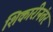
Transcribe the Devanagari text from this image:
शिकारीनंतर